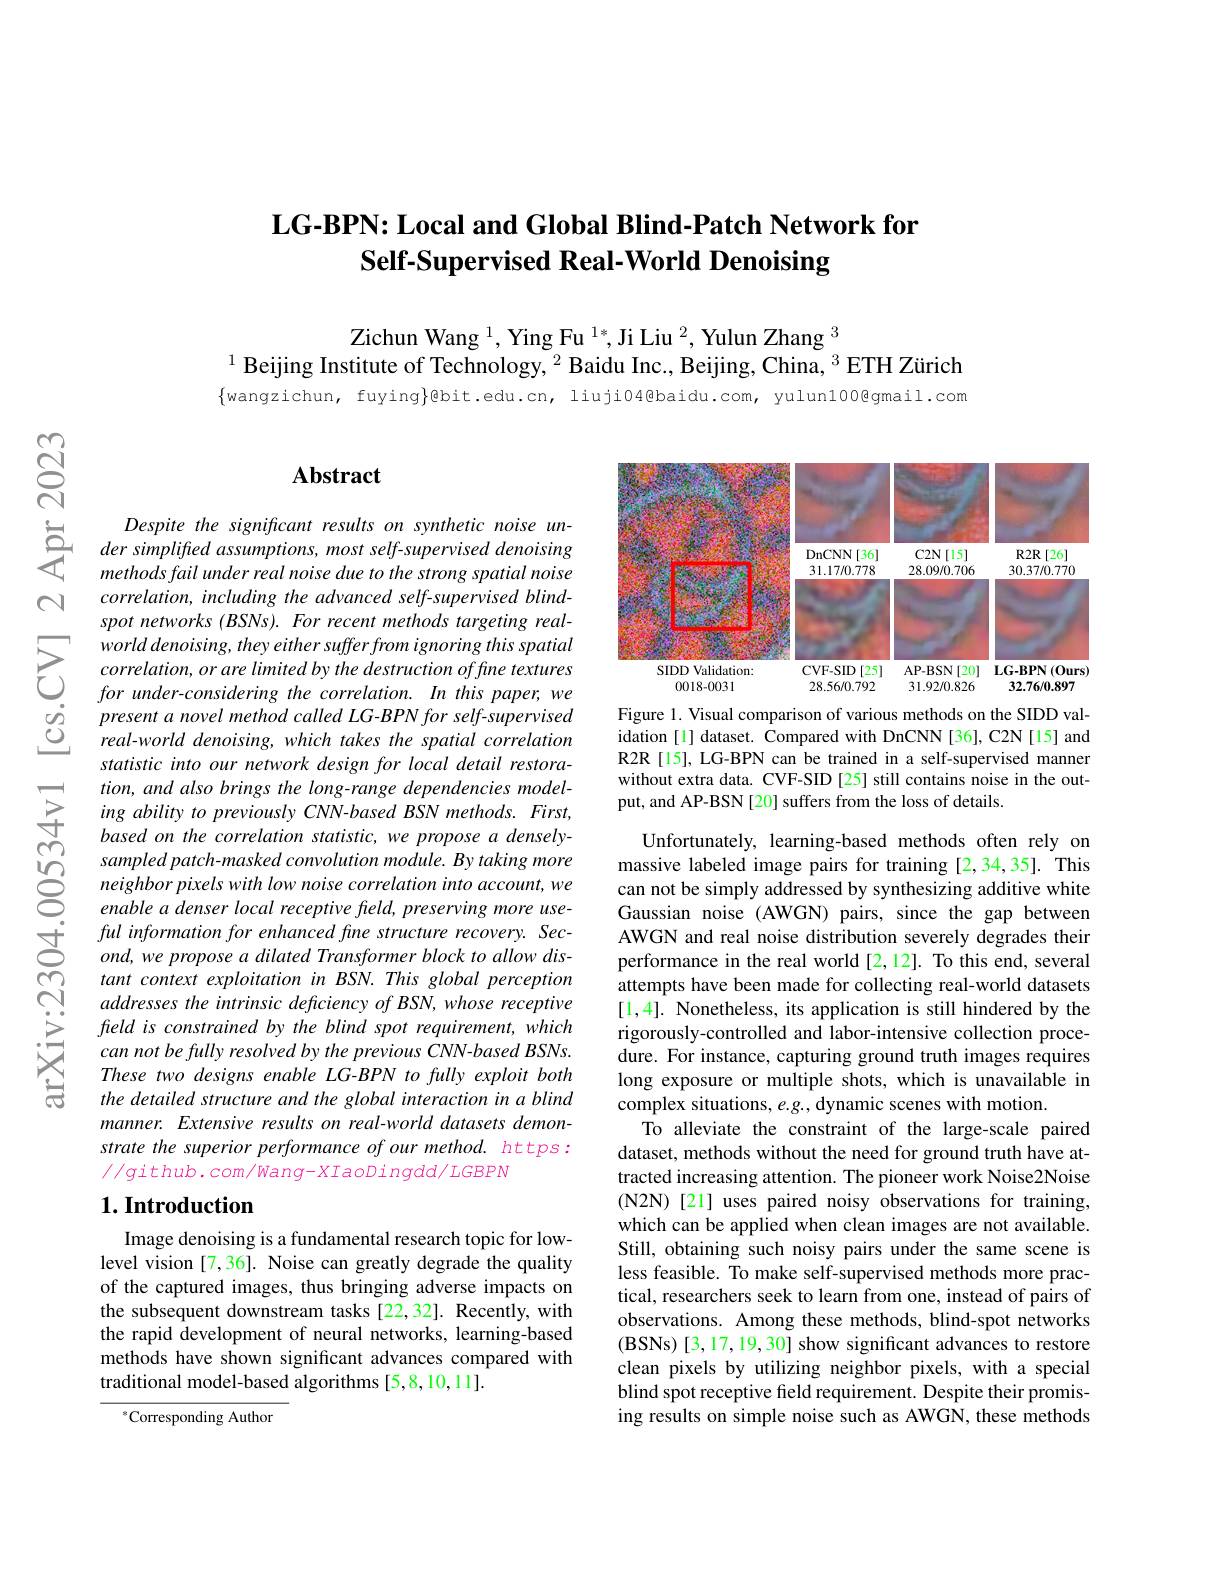
## $\textbf{LG- BPN: Local and Global Blind- Patch Network for}$ Self-Supervised Real-World Denoising

$\mathrm{Zichun~Wang~}^{1},\mathrm{~Ying~Fu~}^{1*},\mathrm{Ji~Liu~}^{2},\mathrm{~Yulun~Zhang~}^{3}$
$^{1}$ Beijing Institute of Technology, $^2$ Baidu Inc., Beijing, China, $^3$ ETH Zürich

$\{$wangzichun, fuying}@bit.edu.cn, liuji04@baidu.com, yulun100@gmail.com

$\mathbb{N}$

$ଟ୍ରି$

## Abstract

$\begin{array}{cc}&Despite&the&significant&results&on&synthetic&noise&un-\\&der&simplifed&assumptions,&most&self-supervised&denoising\\&methods&fail&under&real&noise&due&strong&spatial&noise\end{array}$
methods fail under real noise due to the strong spatial noise correlation, including the advanced self-supervised blindspot networks (BSNs). For recent methods targeting real-
$\sum_{\begin{array}{lll}&\text{world denoising, they either suffer from ignoring this spatial}\\&\text{correlation, or are limited by the destruction offne textures}\\&\text{for under-considering the correlation. In this paper, we}\end{array}}$
present a novel method called LG-BPN for self-supervised real-world denoising, which takes the spatial correlation statistic into our network design for local detail restoration, and also brings the long-range dependencies modeling ability to previously CNN-based BSN methods. First, based on the correlation statistic, we propose a densely-
sampled patch- masked convolution module. By taking more Nneighbor pixels with low noise correlation into account, we enable a denser local receptive field, preserving more use-
ful information for enhanced fine structure recovery. Second, we propose a dilated Transformer block to allow distant context exploitation in BSN. This global perception addresses the intrinsic deficiency of BSN, whose receptive field is constrained by the blind spot requirement, which can not be fully resolved by the previous CNN-based BSNs. These two designs enable LG-BPN to fully exploit both the detailed structure and the global interaction in a blind manner. Extensive results on real-world datasets demonstrate the superior performance of our method. https: $//g$ithub.com/Wang-XIaoDingdd/LGBPN

## $1. \textbf{Introduction}$

Image denoising is a fundamental research topic for lowlevel vision [7,36]. Noise can greatly degrade the quality of the captured images, thus bringing adverse impacts on the subsequent downstream tasks [22,32]. Recently, with the rapid development of neural networks, learning-based methods have shown significant advances compared with traditional model-based algorithms [5,8,10,11].

$^{*}$Corresponding Author

<FigureHere>

Figure 1. Visual comparison of various methods on the SIDD validation [1] dataset. Compared with DnCNN [36], C2N [15] and R2R[15], LG-BPN can be trained in a self-supervised manner without extra data. CVF-SID [25] still contains noise in the output, and AP-BSN [20] suffers from the loss of details.

Unfortunately, learning-based methods often rely on massive labeled image pairs for training [2,34,35]. This can not be simply addressed by synthesizing additive white Gaussian noise (AWGN) pairs, since the gap between AWGN and real noise distribution severely degrades their performance in the real world [2,12]. To this end, several attempts have been made for collecting real-world datasets [1,4]. Nonetheless, its application is still hindered by the rigorously-controlled and labor-intensive collection procedure. For instance, capturing ground truth images requires long exposure or multiple shots, which is unavailable in complex situations, $e.g.$, dynamic scenes with motion.
To alleviate the constraint of the large-scale paired dataset, methods without the need for ground truth have attracted increasing attention. The pioneer work Noise2Noise (N2N)[21] uses paired noisy observations for training, which can be applied when clean images are not available. Still, obtaining such noisy pairs under the same scene is less feasible. To make self-supervised methods more practical, researchers seek to learn from one, instead of pairs of observations. Among these methods, blind-spot networks (BSNs) [3,17,19,30] show significant advances to restore clean pixels by utilizing neighbor pixels, with a special blind spot receptive field requirement. Despite their promising results on simple noise such as AWGN, these methods